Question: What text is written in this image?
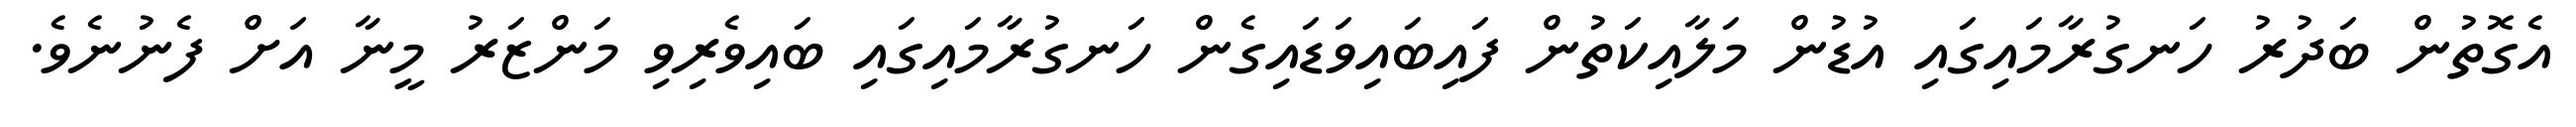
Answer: އެގޮތުން ބަދުރު ހަނގުރާމައިގައި އުޑުން މަލާއިކަތުން ފައިބައިވަޑައިގެން ހަނގުރާމައިގައި ބައިވެރިވި މަންޒަރު މީނާ އަށް ފެނުނެވެ.